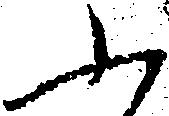
ふ